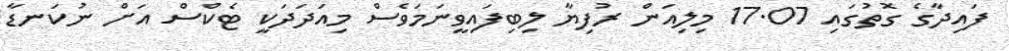
ފައިދާގެ ގޮތުގައި 17.07 މިލިއަން ރުފިޔާ ލިބިފައިވީނަމަވެސް މިއަދަދަކީ ޓެކްސް އަށް ނުކަނޑާ